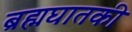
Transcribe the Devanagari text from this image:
ब्रह्मघातकी